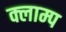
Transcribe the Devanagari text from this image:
क्लाम्प